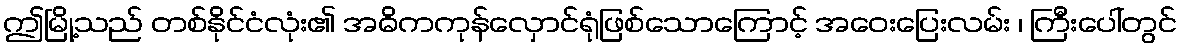
ဤမြို့သည် တစ်နိုင်ငံလုံး၏ အဓိကကုန်လှောင်ရုံဖြစ်သောကြောင့် အဝေးပြေးလမ်း ၊ ကြီးပေါ်တွင်